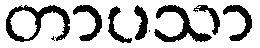
တာပသာ